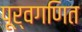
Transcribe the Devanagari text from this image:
पूर्वगणित